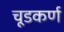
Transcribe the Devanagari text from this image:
चूडकर्ण